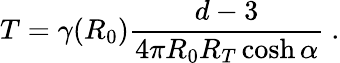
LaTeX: T=\gamma(R_{0})\frac{d-3}{4\pi R_{0}R_{T}\cosh\alpha}\ .